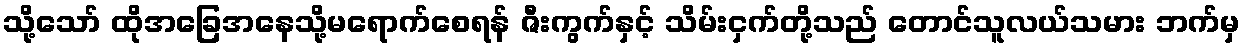
သို့သော် ထိုအခြေအနေသို့မရောက်စေရန် ဇီးကွက်နှင့် သိမ်းငှက်တို့သည် တောင်သူလယ်သမား ဘက်မှ